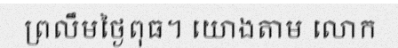
ព្រលឹមថ្ងៃពុធ។ យោងតាម លោក